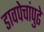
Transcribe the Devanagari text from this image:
डावपेचांपुढे